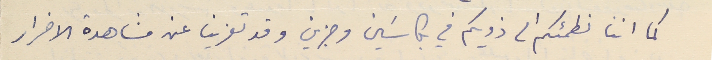
كما اننا نطمئىكم الى ذويكم في بكاسَين وجزين وقد تعزينا عن مشاهدة الاضرار